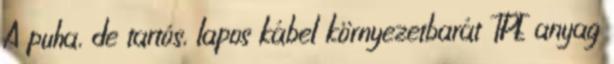
A puha, de tartós, lapos kábel környezetbarát TPE anyag